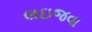
લઇજવા